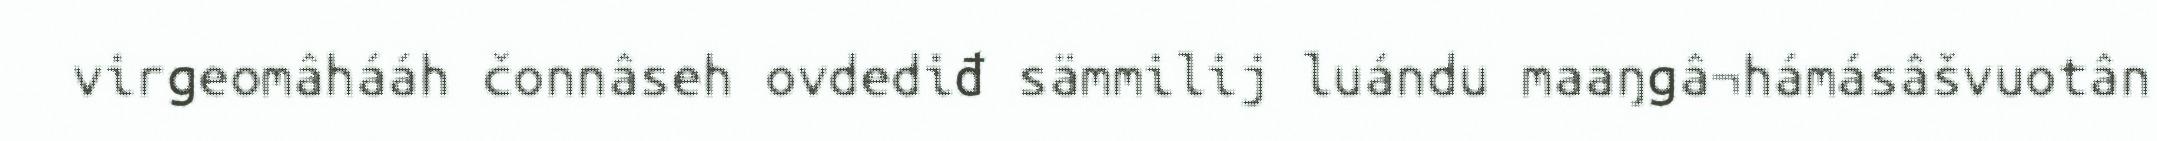
virgeomâhááh čonnâseh ovdediđ sämmilij luándu maaŋgâ¬hámásâšvuotân